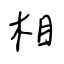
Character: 相